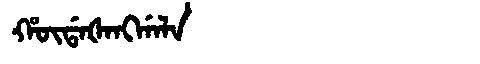
Manchu: ᡥᡡᡩᠠᡧᠠᠩᡤᠠᠯᠠ
Romanization: HŪDAŠANGGALA